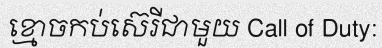
ខ្មោចកប់ស៊េរីជាមួយ Call of Duty: